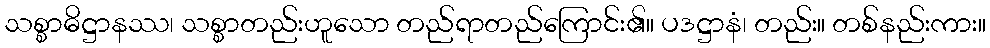
သစ္စာဓိဋ္ဌာနဿ၊ သစ္စာတည်းဟူသော တည်ရာတည်ကြောင်း၏။ ပဒဋ္ဌာနံ၊ တည်း။ တစ်နည်းကား။